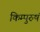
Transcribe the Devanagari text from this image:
किम्पुरुषं